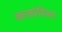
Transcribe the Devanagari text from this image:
कालोनिया